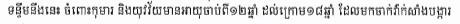
ទន្ទឹមនឹងនេះ ចំពោះកុមារ និងយុវវ័យមានអាយុចាប់ពី១២ឆ្នាំ ដល់ក្រោម១៨ឆ្នាំ ដែលមកចាក់វ៉ាក់សាំងបង្ការ